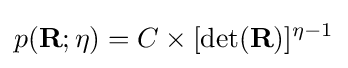
p(\mathbf {R} ;\eta )=C\times [\det(\mathbf {R} )]^{\eta -1}